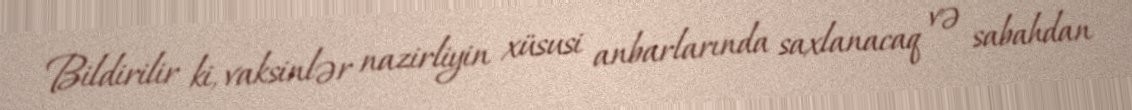
Bildirilir ki, vaksinlər nazirliyin xüsusi anbarlarında saxlanacaq və sabahdan